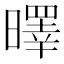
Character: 曎